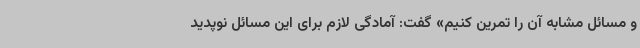
و مسائل مشابه آن را تمرین کنیم» گفت: آمادگی لازم برای این مسائل نوپدید